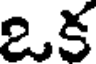
ఒక